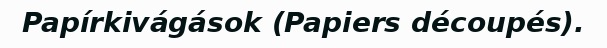
Papírkivágások (Papiers découpés).